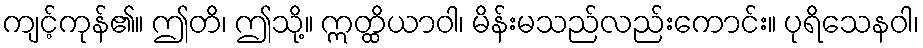
ကျင့်ကုန်၏။ ဤတိ၊ ဤသို့။ ဣတ္ထိယာဝါ၊ မိန်းမသည်လည်းကောင်း။ ပုရိသေနဝါ၊